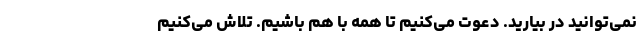
نمی‌توانید در بیارید. دعوت می‌کنیم تا همه با هم باشیم. تلاش می‌کنیم